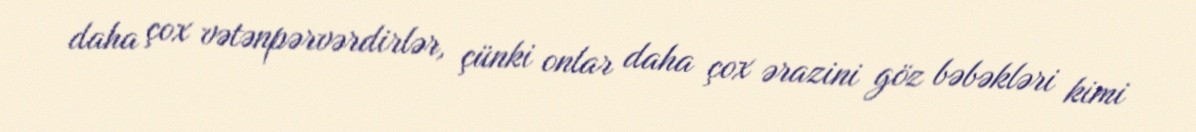
daha çox vətənpərvərdirlər, çünki onlar daha çox ərazini göz bəbəkləri kimi